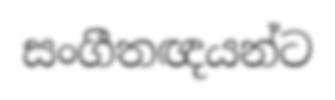
සංගීතඥයන්ට